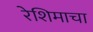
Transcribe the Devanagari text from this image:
रेशिमाचा